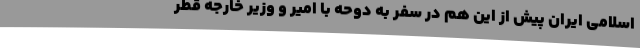
اسلامی ایران پیش از این هم در سفر به دوحه با امیر و وزیر خارجه قطر